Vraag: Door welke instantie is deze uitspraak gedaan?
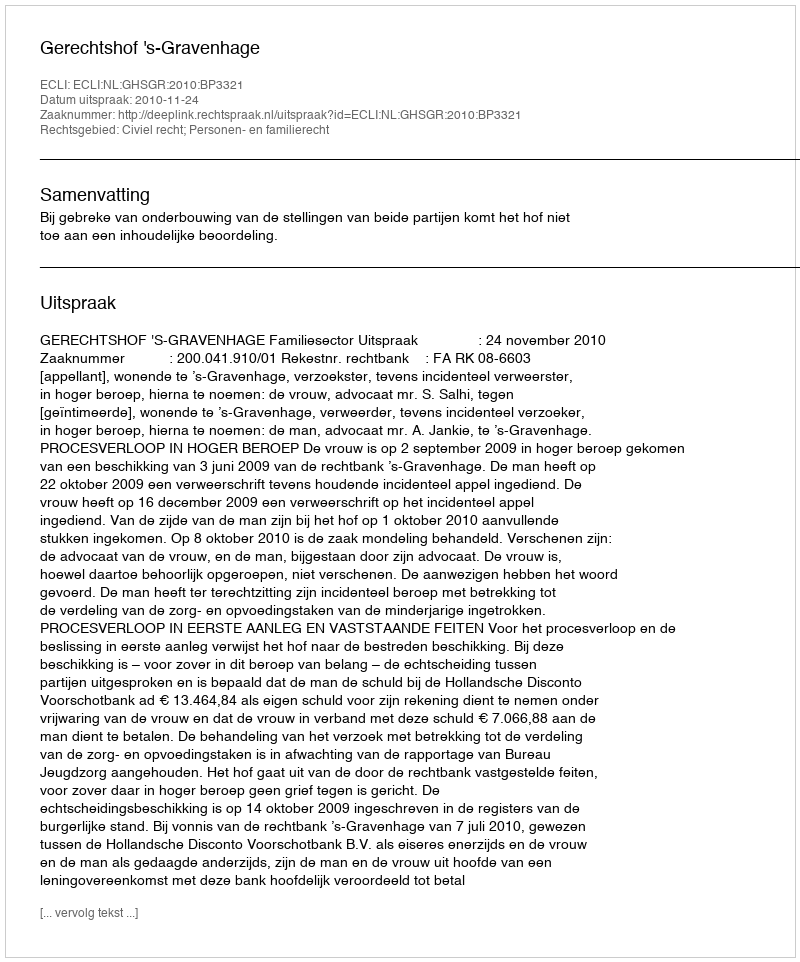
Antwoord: Gerechtshof 's-Gravenhage